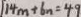
1 1 4 m + 6 n = 4 9